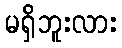
မရှိဘူးလား